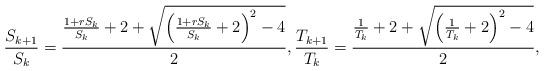
LaTeX: \begin{align*}\frac{S_{k+1}}{S_k} = \frac{\frac{1+rS_k}{S_k}+2+\sqrt{\left(\frac{1+rS_k}{S_k}+2\right)^2-4}}{2},\frac{T_{k+1}}{T_k} = \frac{\frac{1}{T_k}+2+\sqrt{\left(\frac{1}{T_k}+2\right)^2-4}}{2},\end{align*}